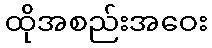
ထိုအစည်းအဝေး